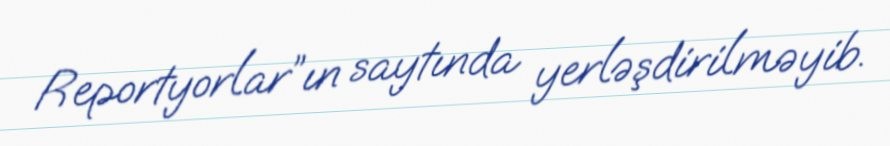
Reportyorlar”ın saytında yerləşdirilməyib.